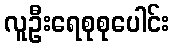
လူဦးရေစုစုပေါင်း